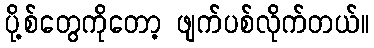
ပို့စ်တွေကိုတော့ ဖျက်ပစ်လိုက်တယ်။